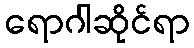
ရောဂါဆိုင်ရာ